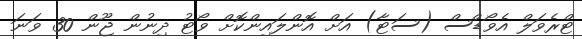
ޓްރެވަލް އެވޯޑްސް (ސަޓާ) އަށް އޮންލައިންކޮށް ވޯޓު ދިނުން ޖޫން 30 ވަނަ